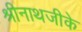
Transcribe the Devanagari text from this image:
श्रीनाथजीके